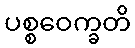
ပစ္စဝေက္ခတိ